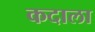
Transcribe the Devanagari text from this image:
कदाला